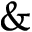
\&